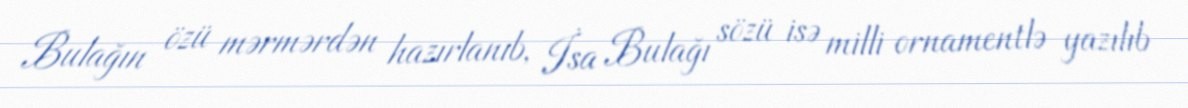
Bulağın özü mərmərdən hazırlanıb, İsa Bulağı sözü isə milli ornamentlə yazılıb